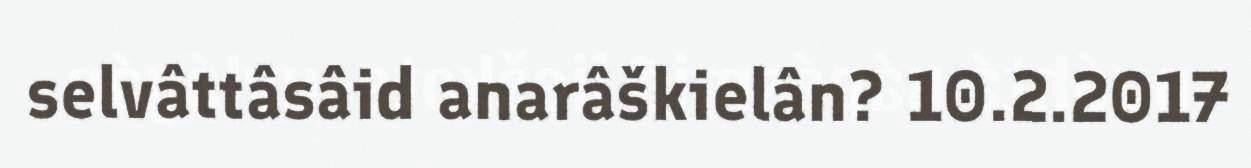
selvâttâsâid anarâškielân? 10.2.2017